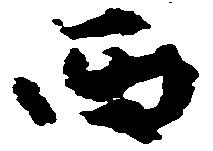
西